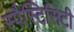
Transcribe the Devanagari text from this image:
स्पैस्टिसिटी